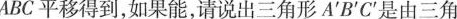
ABC平移得到，如果能，请说出三角